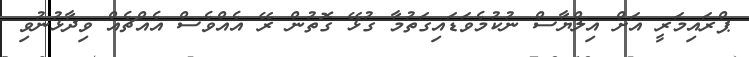
ޕްރައިމަރީ އަށް އިލްޔާސް ނުކުމެވަޑައިގަތުމާ ގުޅޭ ގޮތުން ރޭ އެއްވެސް އެއްޗެއް ވިދާޅުނުވި